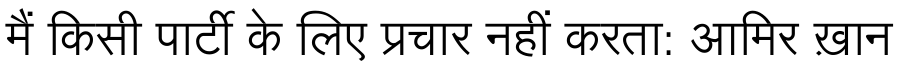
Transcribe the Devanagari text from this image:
मैं किसी पार्टी के लिए प्रचार नहीं करता: आमिर ख़ान